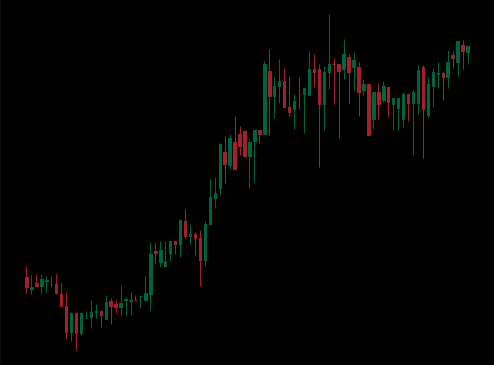
Pattern: unclassified